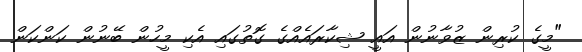
"މީގެ ކުރިން ޒުވާނުން އައީ ޝިކާރައެއްގެ ގޮތުގައި އެކި މީހުން ބޭނުން ކަންކަން